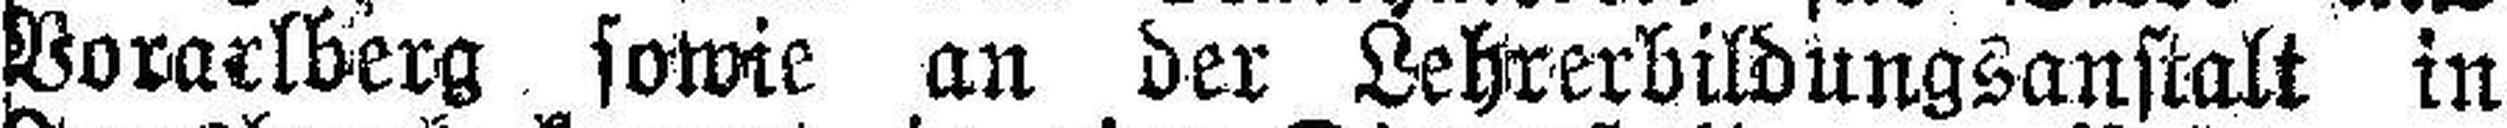
Vorarlberg sowie an der Lehrerbildungsanstalt in